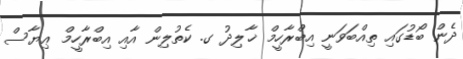
ދެން ބޯޑުގައި ތިއްބަވަނީ އިބްރާހީމް ޚާލިދު ގ. ކެތުލިން އާއި އިބްރާހީމް ޢިޔާސް